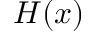
H ( x )